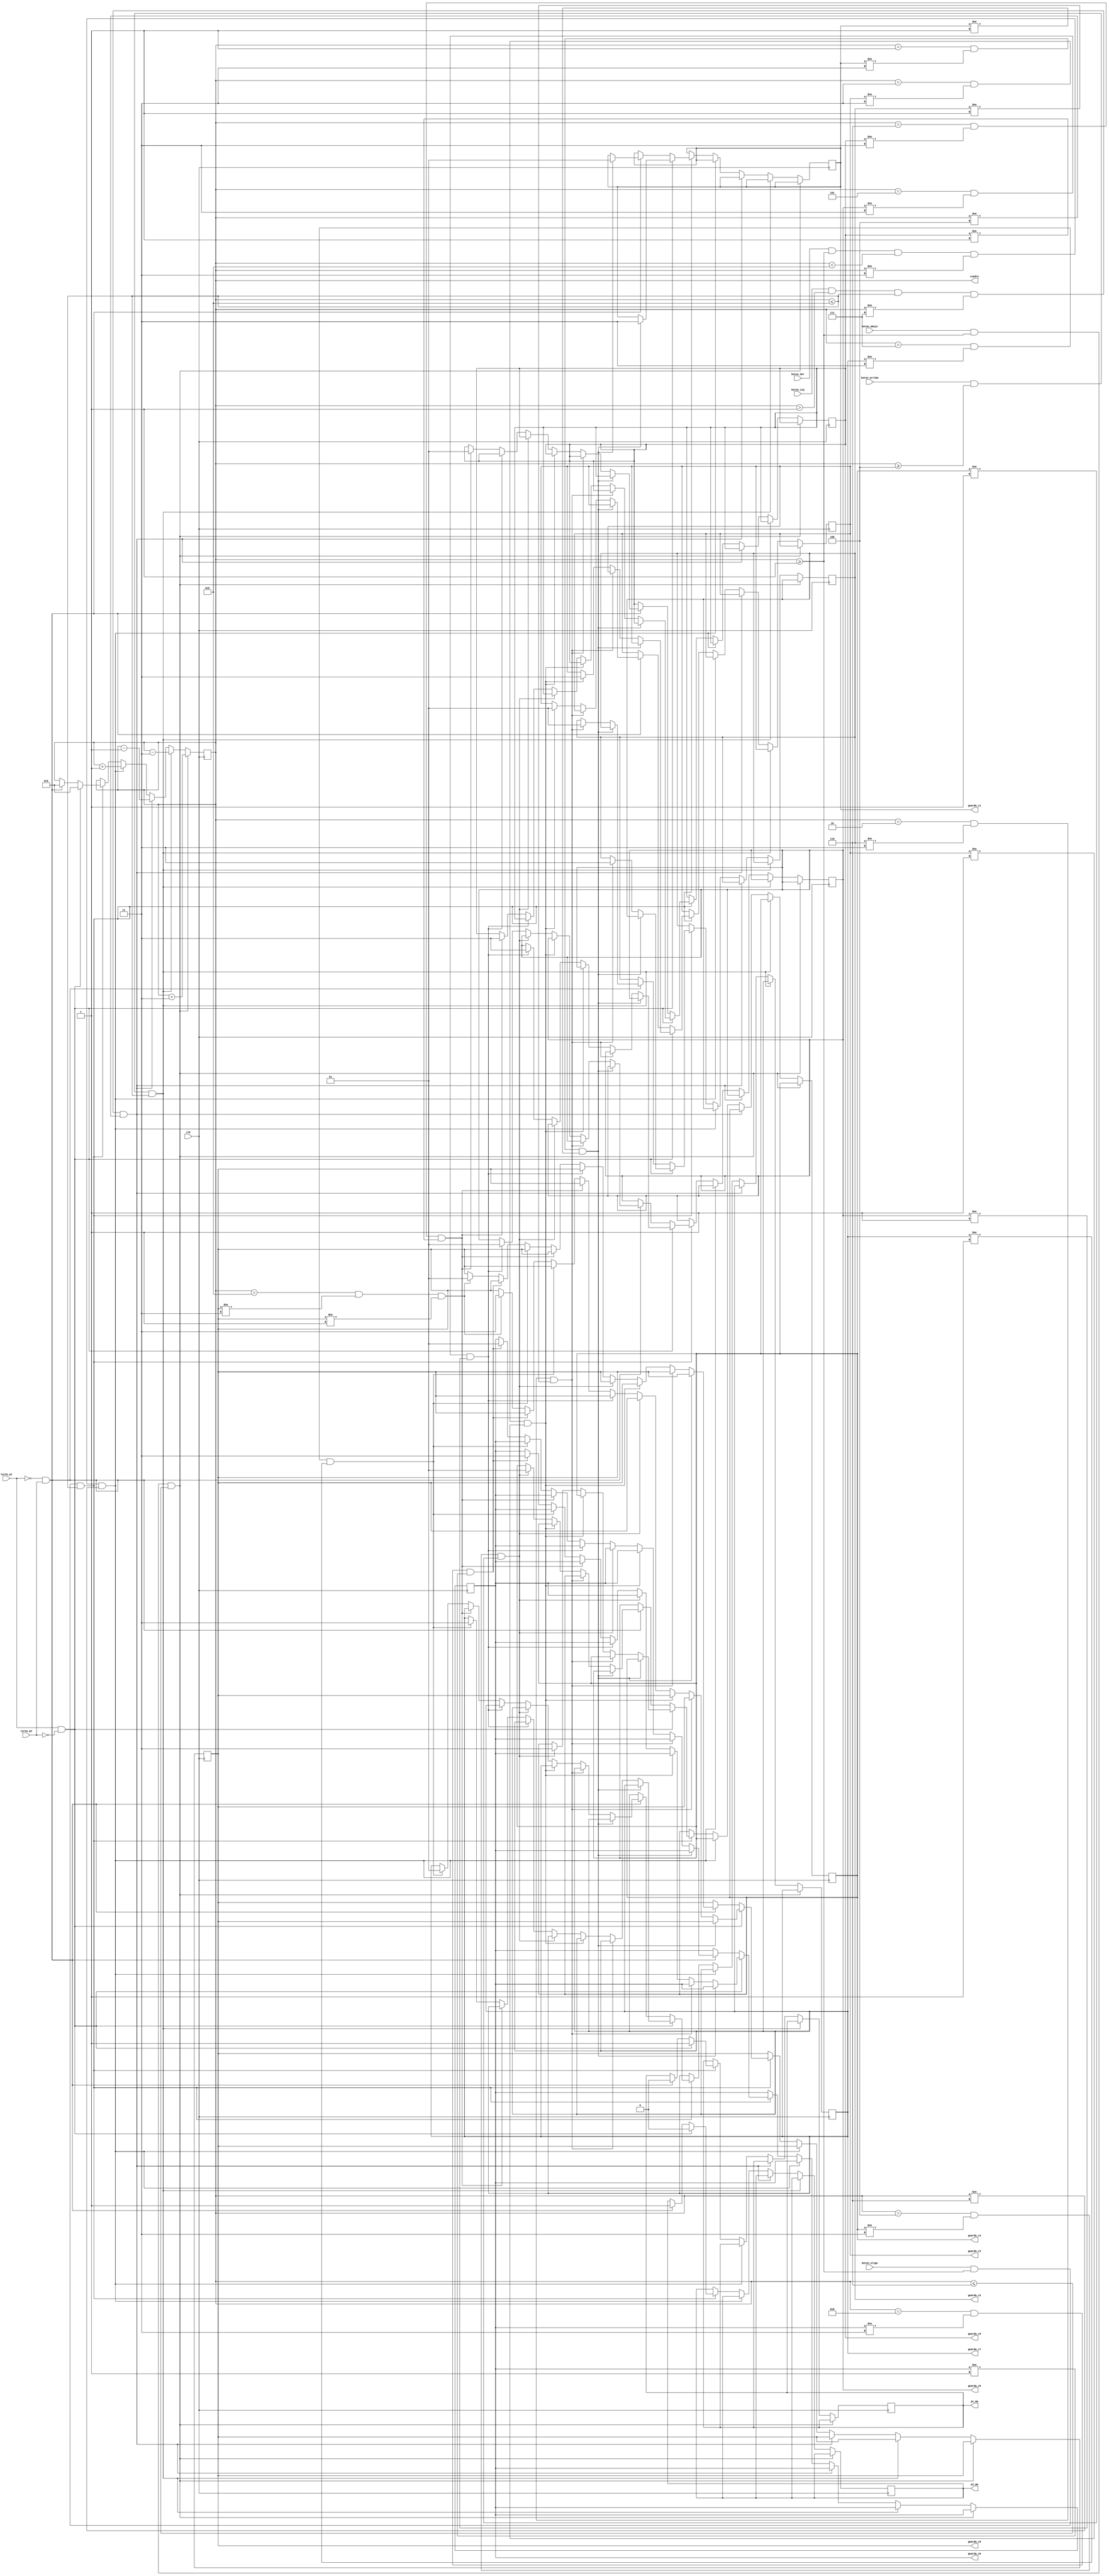
module Selector_Casillas(
	clk,
	boton_arriba,
	boton_abajo,
	boton_izq,
	boton_der,
	boton_elige,
	turno_p1, 
	turno_p2,
	guarda_c1,
	guarda_c2,
	guarda_c3,
	guarda_c4,
	guarda_c5,
	guarda_c6,
	guarda_c7,
	guarda_c8,
	guarda_c9,
	p1_mm,
	p2_mm,
	cuadro
   );
	input clk;
	input boton_elige, boton_arriba, boton_abajo, boton_izq, boton_der;
	input turno_p1, turno_p2;
	output reg p1_mm, p2_mm;
	output reg [3:0] cuadro;
	output reg [1:0] 	guarda_c1, guarda_c2, guarda_c3, guarda_c4, guarda_c5, guarda_c6, guarda_c7, guarda_c8, guarda_c9;
	initial cuadro <= 4'b0101;
	always @(posedge clk)
		begin
			if ((boton_abajo == 1'b1) & (cuadro >= 4'b0001) & (cuadro <= 4'b0110))
				cuadro = cuadro + 4'b0011;
			else if ((boton_arriba == 1'b1) & (cuadro >= 4'b0100) & (cuadro <= 4'b1001))
				cuadro = cuadro - 4'b0011;
			else if ((boton_izq == 1'b1) & (cuadro > 4'b0001) & (cuadro <= 4'b1001) & (cuadro!=4'b0111) & (cuadro!=4'b0100))
				cuadro = cuadro - 4'b0001;
			else if ((boton_der == 1'b1) & (cuadro >= 4'b0001) & (cuadro < 4'b1001) & (cuadro!=4'b0011) & (cuadro!=4'b0110))
				cuadro = cuadro + 4'b0001;
			else if ((boton_elige == 1'b1) & (cuadro >= 4'b0001) & (cuadro <= 4'b1001))
				begin
				if (turno_p1 == 1'b1 & turno_p2 == 1'b0)
					begin
					if (cuadro == 4'b0001 & guarda_c1 != 2'b11 & guarda_c1 != 2'b01)
						guarda_c1 = 2'b11;
					else if (cuadro == 4'b0010 & guarda_c2 != 2'b11 & guarda_c2 != 2'b01)
						guarda_c2 = 2'b11;
					else if (cuadro == 4'b0011 & guarda_c3 != 2'b11 & guarda_c3 != 2'b01)
						guarda_c3 = 2'b11;
					else if (cuadro == 4'b0100 & guarda_c4 != 2'b11 & guarda_c4 != 2'b01)
						guarda_c4 = 2'b11;
					else if (cuadro == 4'b0101 & guarda_c5 != 2'b11 & guarda_c5 != 2'b01)
						guarda_c5 = 2'b11;
					else if (cuadro == 4'b0110 & guarda_c6 != 2'b11 & guarda_c6 != 2'b01)
						guarda_c6 = 2'b11;
					else if (cuadro == 4'b0111 & guarda_c7 != 2'b11 & guarda_c7 != 2'b01)
						guarda_c7 = 2'b11;
					else if (cuadro == 4'b1000 & guarda_c8 != 2'b11 & guarda_c8 != 2'b01)
						guarda_c8 = 2'b11;
					else if (cuadro == 4'b1001 & guarda_c9 != 2'b11 & guarda_c9 != 2'b01)
						guarda_c9 = 2'b11;
					p1_mm = 1'b1;
					p2_mm = 1'b0;
					cuadro = 4'b0101;
					end
				else if (turno_p1 == 1'b0 & turno_p2 == 1'b1)
					begin
					if (cuadro == 4'b0001 & guarda_c1 != 2'b11 & guarda_c1 != 2'b01)
						guarda_c1 = 2'b01;
					else if (cuadro == 4'b0010 & guarda_c2 != 2'b11 & guarda_c2 != 2'b01)
						guarda_c2 = 2'b01;
					else if (cuadro == 4'b0011 & guarda_c3 != 2'b11 & guarda_c3 != 2'b01)
						guarda_c3 = 2'b01;
					else if (cuadro == 4'b0100 & guarda_c4 != 2'b11 & guarda_c4 != 2'b01)
						guarda_c4 = 2'b01;
					else if (cuadro == 4'b0101 & guarda_c5 != 2'b11 & guarda_c5 != 2'b01)
						guarda_c5 = 2'b01;
					else if (cuadro == 4'b0110 & guarda_c6 != 2'b11 & guarda_c6 != 2'b01)
						guarda_c6 = 2'b01;
					else if (cuadro == 4'b0111 & guarda_c7 != 2'b11 & guarda_c7 != 2'b01)
						guarda_c7 = 2'b01;
					else if (cuadro == 4'b1000 & guarda_c8 != 2'b11 & guarda_c8 != 2'b01)
						guarda_c8 = 2'b01;
					else if (cuadro == 4'b1001 & guarda_c9 != 2'b11 & guarda_c9 != 2'b01)
						guarda_c9 = 2'b01;
					p1_mm = 1'b0;
					p2_mm = 1'b1;
					cuadro = 4'b0101;
					end
			end
		end
endmodule